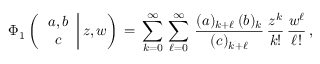
\begin{array} { l } { \displaystyle \Phi _ { 1 } \left( \left. \begin{array} { c } { a , b } \\ { c } \end{array} \right| z , w \right) \, = \, \sum _ { k = 0 } ^ { \infty } \, \sum _ { \ell = 0 } ^ { \infty } \, \frac { ( a ) _ { k + \ell } \, ( b ) _ { k } } { ( c ) _ { k + \ell } } \, \frac { z ^ { k } } { k ! } \, \frac { w ^ { \ell } } { \ell ! } \, , } \end{array}